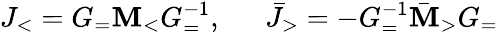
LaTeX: J_{<}=G_{=}\mathbf{M}_{<}G_{=}^{-1},~~~~~~\bar{{J}}_{>}=-G_{=}^{-1}\bar{{\mathbf{M}}}_{>}G_{=}